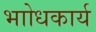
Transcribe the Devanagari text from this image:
भाोधकार्य